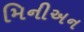
મિનીઅન